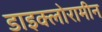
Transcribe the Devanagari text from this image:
डाइक्लोरामीन